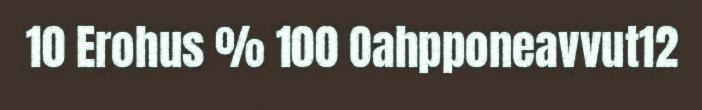
10 Erohus % 100 Oahpponeavvut12